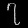
Digit: ၇